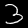
Digit: 3